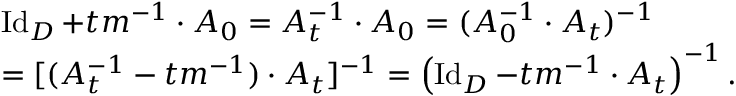
\begin{array} { r l } & { \operatorname { I d } _ { D } + t m ^ { - 1 } \cdot A _ { 0 } = A _ { t } ^ { - 1 } \cdot A _ { 0 } = ( A _ { 0 } ^ { - 1 } \cdot A _ { t } ) ^ { - 1 } } \\ & { = [ ( A _ { t } ^ { - 1 } - t m ^ { - 1 } ) \cdot A _ { t } ] ^ { - 1 } = \left( \operatorname { I d } _ { D } - t m ^ { - 1 } \cdot A _ { t } \right) ^ { - 1 } . } \end{array}